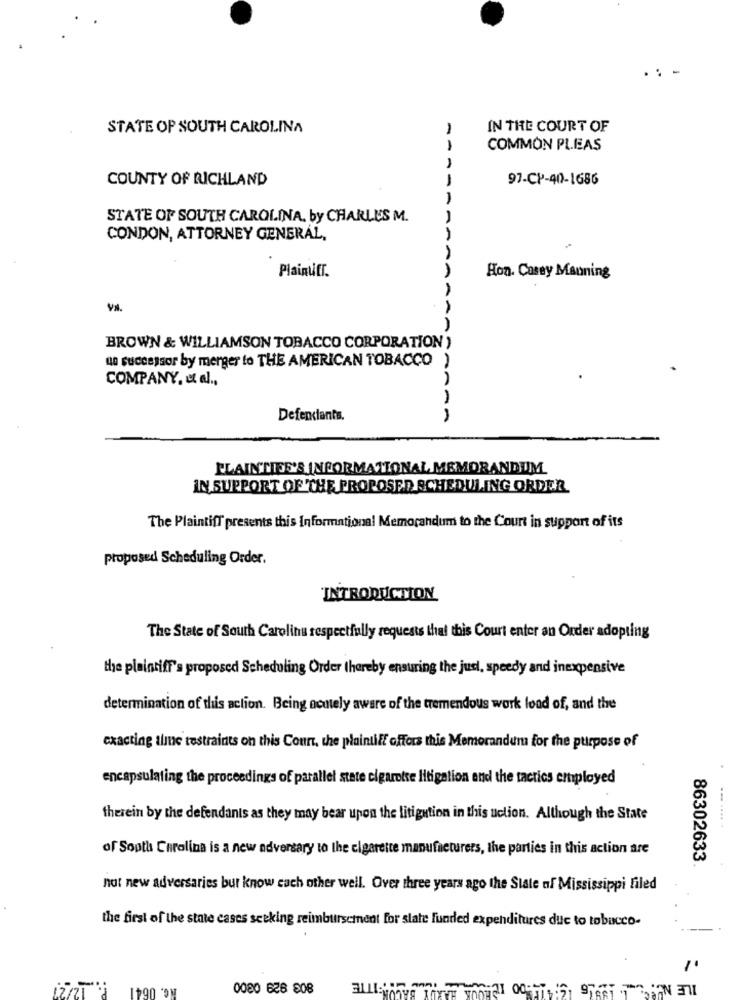
. -
STATE OP SOUTH CAROLINA
IN THE COURT OF
COMMON PLEAS
COUNTY OF RICHLAND
----
97-CP-40-1686
STATE OF SOUTH CAROLINA, by CHARLES M.
CONDON, ATTORNEY GENERAL,
Plainufr.
A
Hon. Casey Manning
AA
BROWN & WILLIAMSON TOBACCO CORPORATION )
ue successor by merger to THE AMERICAN TOBACCO )
COMPANY, et al .,
Defendants.
PLAINTISE'S INFORMATIONAL MEMORANDUM
IN SUPPORT OF THE PROPOSED SCHEDULING ORDER.
The Plaintiff presents this Informational Memorandum to the Court in support of its
proposed Scheduling Order.
INTRODUCTION
The State of South Carolina respectfully requests that this Court enter an Order adopting
the plaintiff's proposed Scheduling Order thereby ensuring the just, speedy and inexpensive
determination of this action. Being acutely aware of the tremendous work load of, and the
exacting aline restraints on this Court, the plaintiff offors this Memorandum for the purpose of
encapsulating the proceedings of parallel state cigaroise litigation and the tactics employed
therein by the defendants as they may bear upon the litigation in this uclion. Although the State
... .....
of South Carolina is a new adversary to the cigarette manufacturers, the parties in this action are
86302633
not new adversaries but know each other well. Over three years ago the State of Mississippi filed
the first of the state cases seeking reimbursement for slate funded expenditures due to tobacco-
Nc. 0641 P. 12/27
TE
0080 628 908